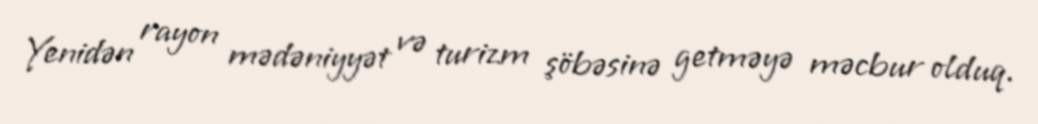
Yenidən rayon mədəniyyət və turizm şöbəsinə getməyə məcbur olduq.